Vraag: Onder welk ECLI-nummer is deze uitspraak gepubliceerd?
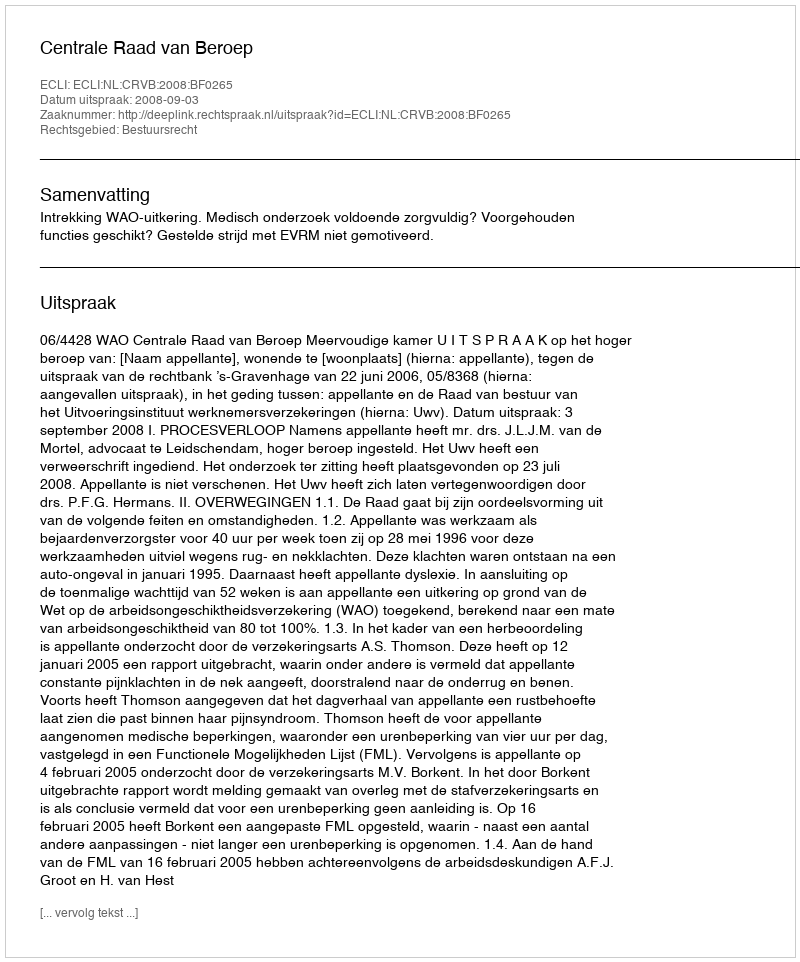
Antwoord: ECLI:NL:CRVB:2008:BF0265